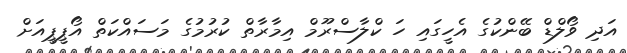
އަދި ވޯލްޑް ބޭންކުގެ އެހީގައި ހަ ކްލާސްރޫމް އިމާރާތް ކުރުމުގެ މަސައްކަތް އޯޕީޕީއަށް